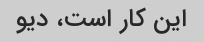
این کار است، دیو